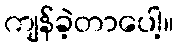
ကျန်ခဲ့တာပေါ့။